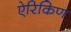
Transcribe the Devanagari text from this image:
ऐरिकिण